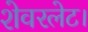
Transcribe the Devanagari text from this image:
शेवरलेट।